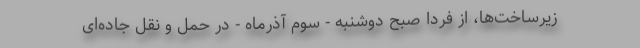
زیرساخت‌ها، از فردا صبح دوشنبه - سوم آذرماه - در حمل و نقل جاده‌ای